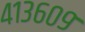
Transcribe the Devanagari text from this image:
४१३६०९